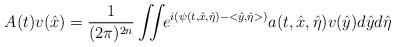
\begin{align*} A(t)v(\hat x)=\frac{1}{(2\pi)^{2n}}\iint\!\! e^{i(\psi(t,\hat x,\hat\eta)-<\hat y,\hat \eta>)}a(t,\hat x,\hat\eta)v(\hat y)d\hat yd\hat\eta\end{align*}